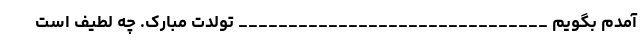
آمدم بگویم _______________________________ تولدت مبارک. چه لطیف است